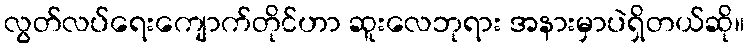
လွတ်လပ်ရေးကျောက်တိုင်ဟာ ဆူးလေဘုရား အနားမှာပဲရှိတယ်ဆို။